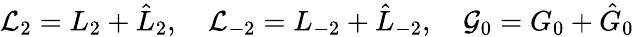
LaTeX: {\cal L}_{2}=L_{2}+\hat{L}_{2},\quad{\cal L}_{-2}=L_{-2}+\hat{L}_{-2},\quad{\cal G}_{0}=G_{0}+\hat{G}_{0}